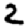
Digit: 2